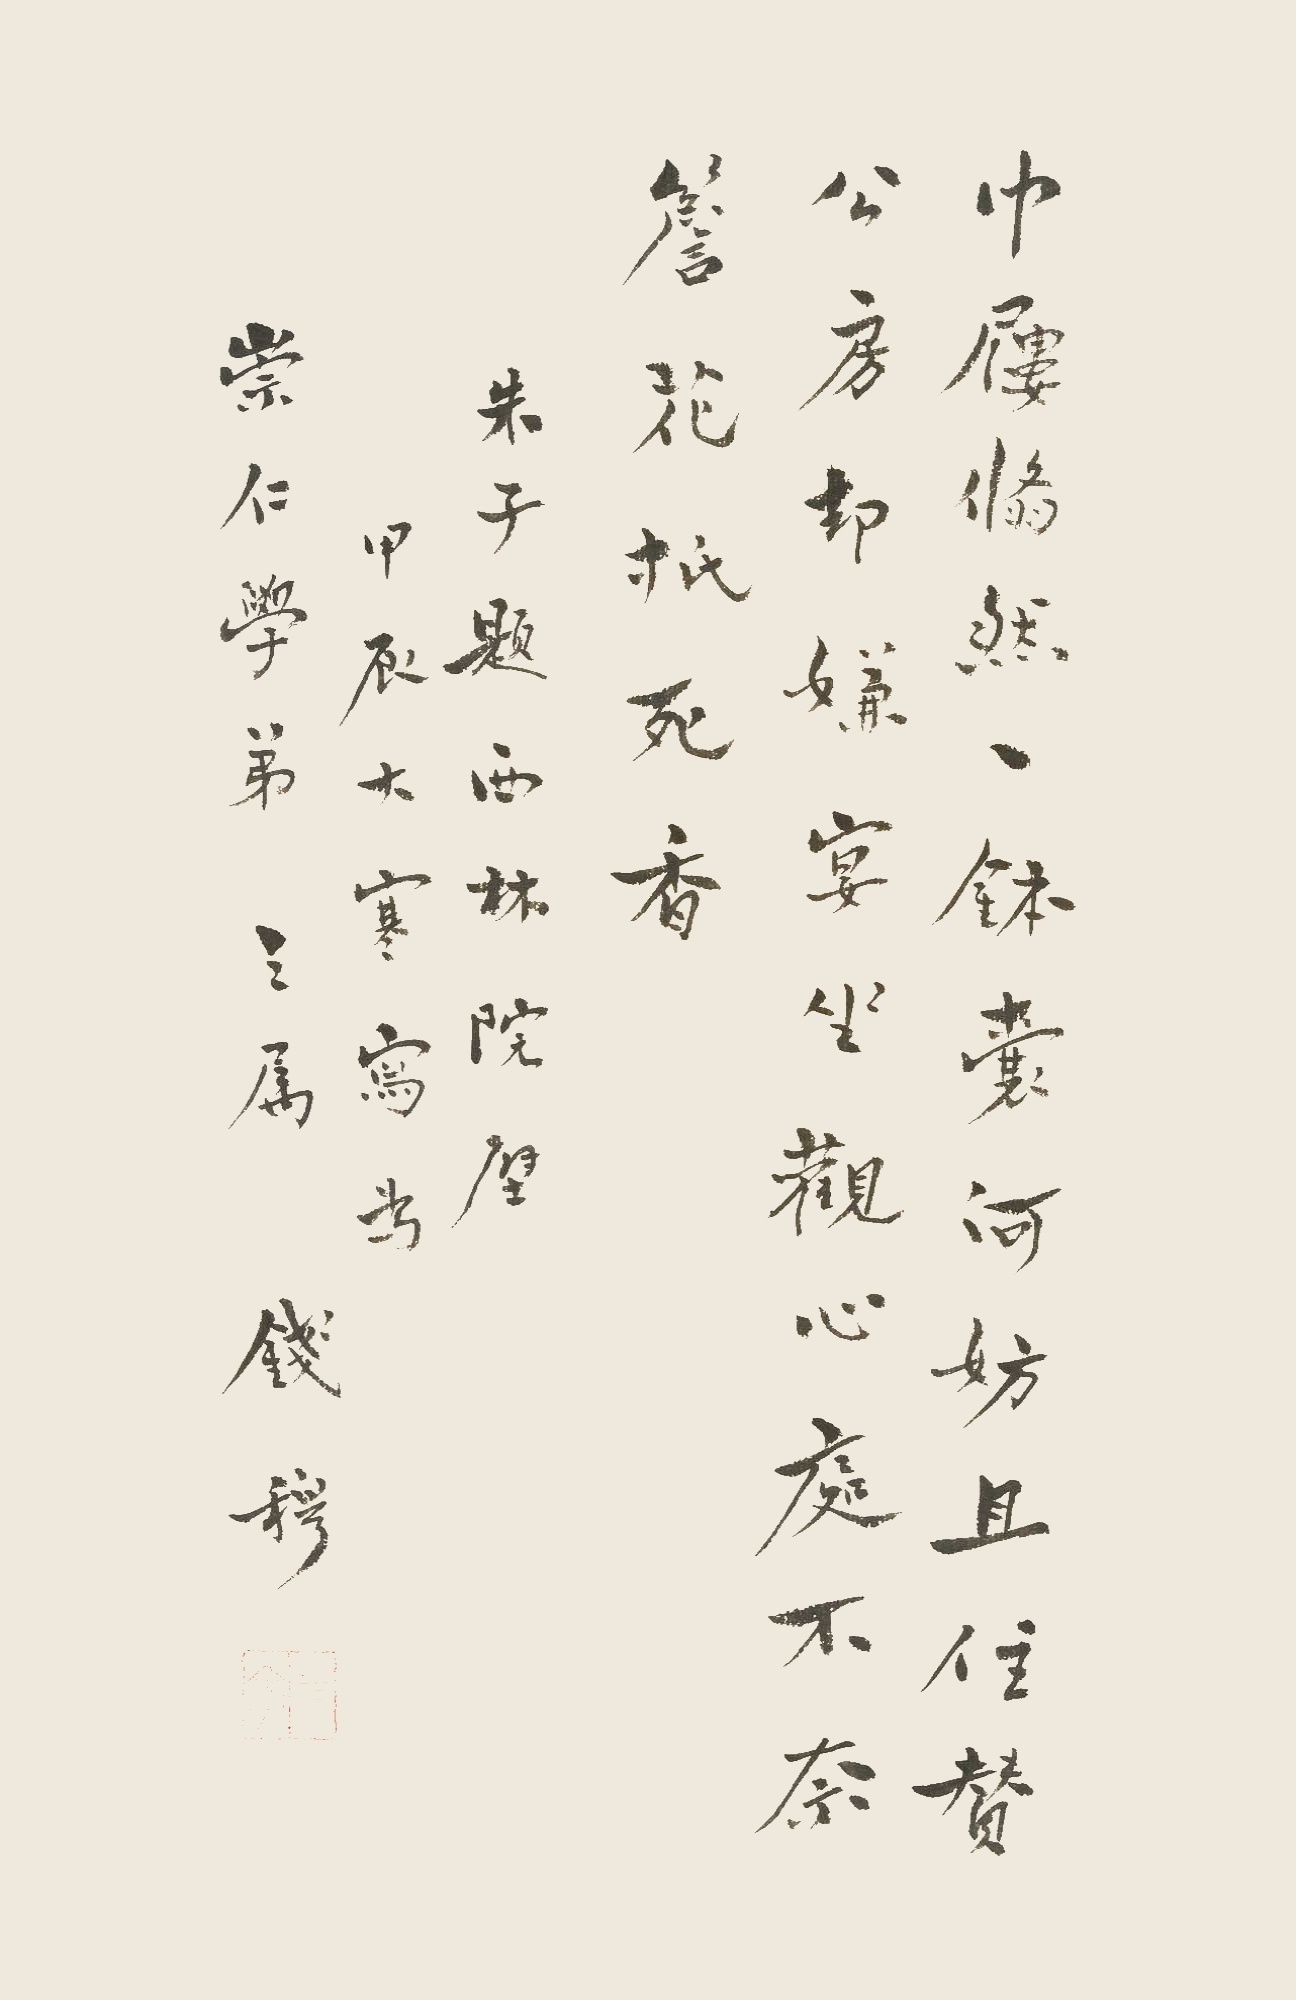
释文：巾屦翛然一钵囊，何妨且住赞公房。却嫌宴坐观心处，不奈檐花抵死香。朱子题西林院壁。甲辰大寒，写为崇仁学弟之属。钱穆。